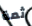
ثمة